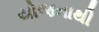
યોજનાથી